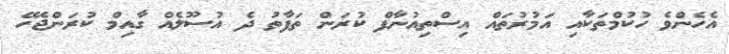
އެހެންވެ ހުކުމްތަކާއި އަމުރުތައް އިސްތިއުނާފް ކުރަން ތަފާތު ދެ އުސޫލެއް ގާއިމް ކުރަންޖެހޭ